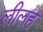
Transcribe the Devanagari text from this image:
लीलह